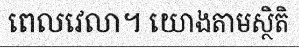
ពេលវេលា។ យោងតាមស្ថិតិ